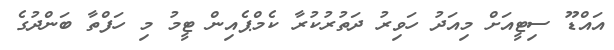
އައްޑޫ ސިޓީއަށް މިއަދު ހަވިރު ދަތުރުކުރާ ކެމްޕެއިން ޓީމު މި ހަފްތާ ބަންދުގެ